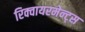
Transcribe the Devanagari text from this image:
रिक्वायरमेन्ट्स